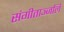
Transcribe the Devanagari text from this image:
संगीताञ्जलि